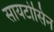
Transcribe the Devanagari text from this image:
सायटोसिन